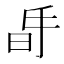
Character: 𣅲